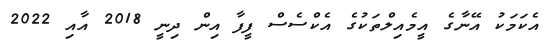
އެކަމަކު އޭނާގެ އީމެއިލްތަކުގެ އެކްސެސް ފީފާ އިން ދިނީ 2018 އާއި 2022